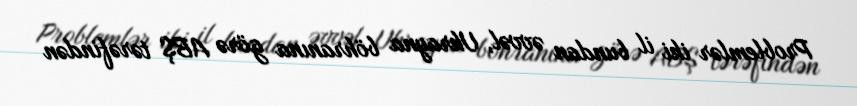
Problemlər iki il bundan əvvəl, Ukrayna böhranına görə ABŞ tərəfindən